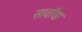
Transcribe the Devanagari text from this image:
सावॉया